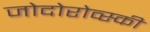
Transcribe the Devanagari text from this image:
जोदोरोव्स्की